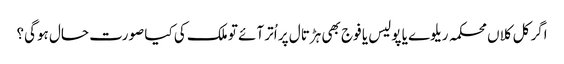
اگر کل کلاں محکمہ ریلوے یا پولیس یا فوج بھی ہڑتال پر اُتر آئے تو ملک کی کیا صورت حال ہوگی؟